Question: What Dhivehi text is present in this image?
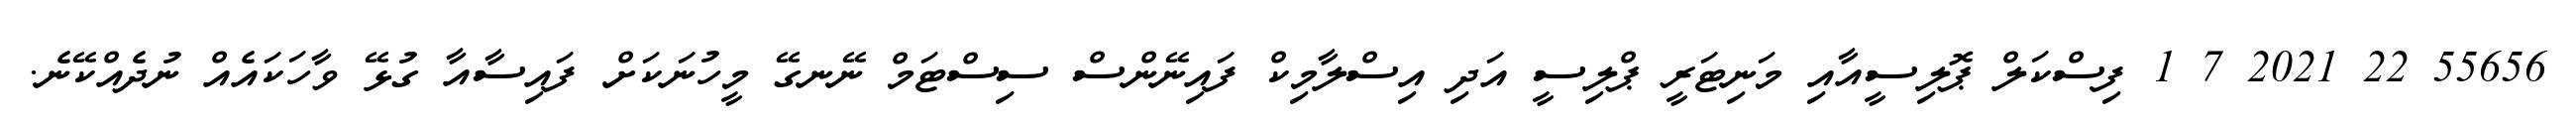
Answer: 55656 22 2021 7 1 ފިސްކަލް ޕޮލިސީއާއި މަނިޓަރީ ޕްލިސީ އަދި އިސްލާމިކް ފައިނޭންސް ސިސްޓަމް ނޭނގޭ މީހުނަކަށް ފައިސާއާ ގުޅޭ ވާހަކައެއް ނުދެއްކޭނެ.